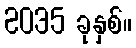
2035 ခုနှစ်။